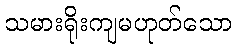
သမားရိုးကျမဟုတ်သော